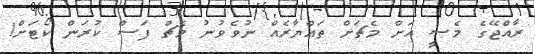
ރާއްޖޭގެ މެސީ އަށް މެޗަށް ތައްޔާރެއް ނުވެވުނު މެޗް ފަސް ކުރަން ކޯޓަށް!